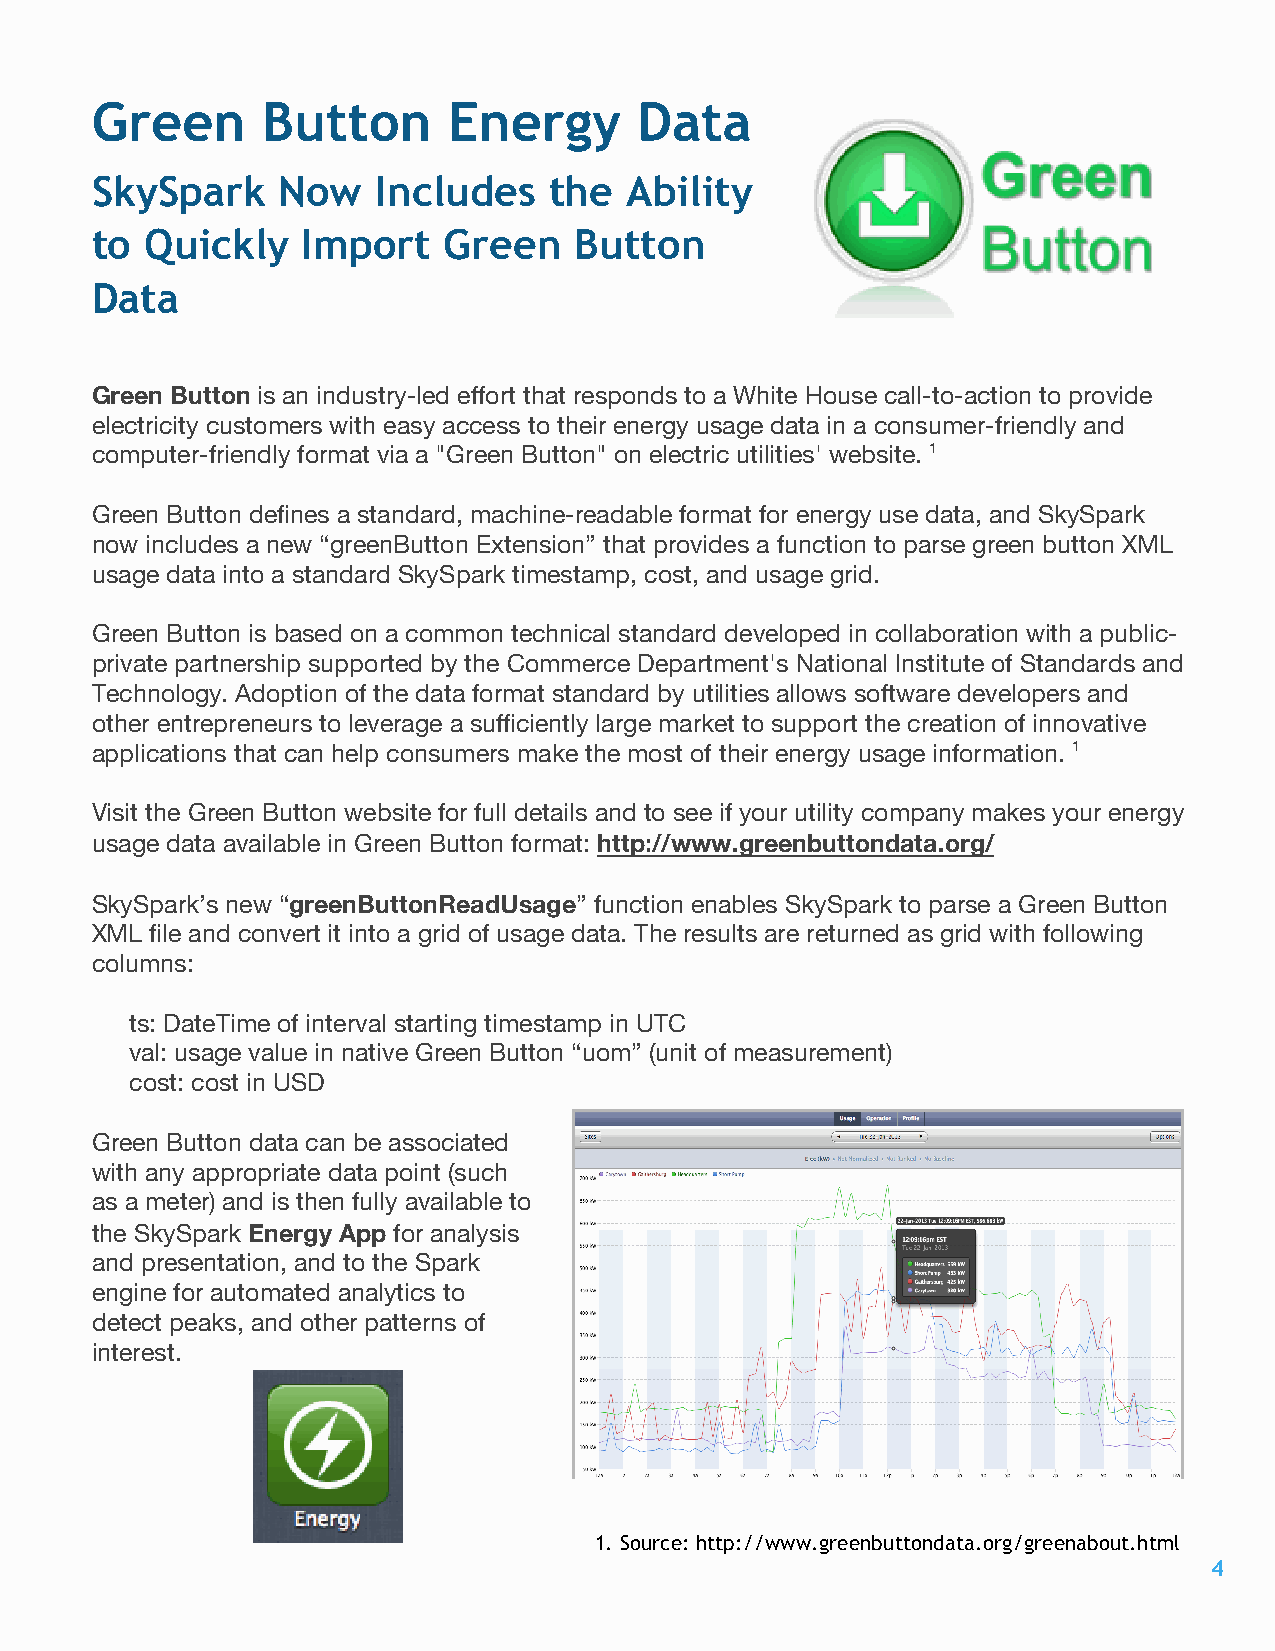
Green      Button       Energy      Data
 SkySpark    Now    Includes   the  Ability
 to  Quickly   Import   Green    Button
 Data
 Green Button is an industry-led effort that responds to a White House call-to-action to provide
 electricity customers with easy access to their energy usage data in a consumer-friendly and
 computer-friendly format via a "Green Button" on electric utilities' website. 1
 Green Button defines a standard, machine-readable format for energy use data, and SkySpark
 now includes a new “greenButton Extension” that provides a function to parse green button XML
 usage data into a standard SkySpark timestamp, cost, and usage grid.
 Green Button is based on a common technical standard developed in collaboration with a public-
 private partnership supported by the Commerce Department's National Institute of Standards and
 Technology. Adoption of the data format standard by utilities allows software developers and
 other entrepreneurs to leverage a sufficiently large market to support the creation of innovative
 applications that can help consumers make the most of their energy usage information. 1
 Visit the Green Button website for full details and to see if your utility company makes your energy
 usage data available in Green Button format: http://www.greenbuttondata.org/
 SkySpark’s new “greenButtonReadUsage” function enables SkySpark to parse a Green Button
 XML file and convert it into a grid of usage data. The results are returned as grid with following
 columns:
 ts: DateTime of interval starting timestamp in UTC
 val: usage value in native Green Button “uom” (unit of measurement)
 cost: cost in USD
 Green Button data can be associated
 with any appropriate data point (such
 as a meter) and is then fully available to
 the SkySpark Energy App for analysis
 and presentation, and to the Spark
 engine for automated analytics to
 detect peaks, and other patterns of
 interest.
 1. Source: http://www.greenbuttondata.org/greenabout.html
 4